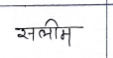
मजकूर: सलीम